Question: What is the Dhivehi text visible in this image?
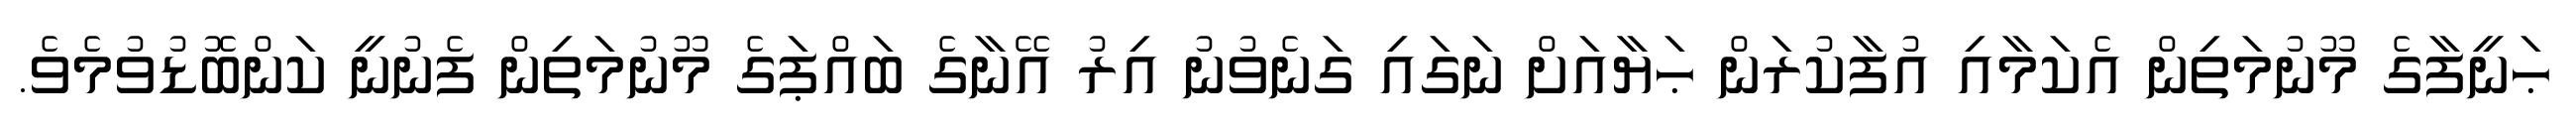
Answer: ޙަނީފާގެ މޫނުމަތިން އެކަމާއި އުފާކުރަން ޙަޔާއަށް ނަގައި ގަނެވުނު އިރު އޭނާގެ ބައްޕަގެ މޫނުމަތިން ފެނުނީ ކަންބޮޑުވުމެވެ.